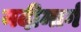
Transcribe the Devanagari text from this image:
नदीमार्ग